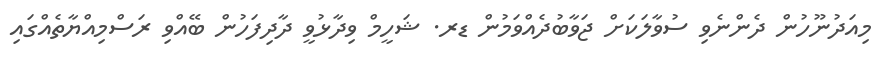
މިއަދުނޫހުން ދެންނެވި ސުވާލަކަށް ޖަވާބުދެއްވަމުން ޑރ. ޝަހީމް ވިދާޅުވީ ދާދިފަހުން ބޭއްވި ރަސްމިއްޔާތެއްގައި